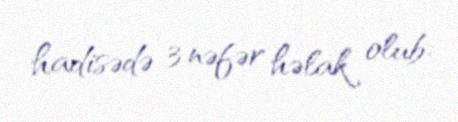
hadisədə 3 nəfər həlak olub.